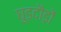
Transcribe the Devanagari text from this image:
घुड़दौड़ों